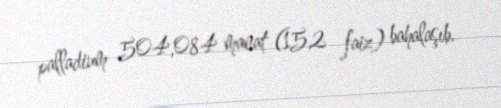
palladium 504,084 manat (15,2 faiz) bahalaşıb.